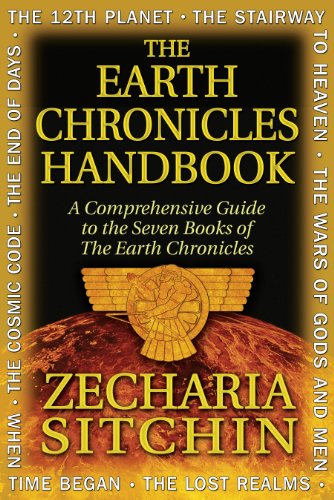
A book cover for The Earth Chronicles Handbook: A Comprehensive Guide to the Seven Books of The Earth Chronicles; Zecharia Sitchin; Humor & Entertainment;